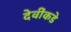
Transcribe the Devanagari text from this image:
देवींकडे